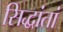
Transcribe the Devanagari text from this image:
सिद्धांतां